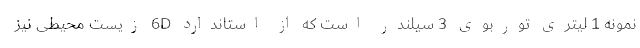
نمونه 1 لیتری توربوی 3 سیلندر است که از استاندارد 6D زیست محیطی نیز